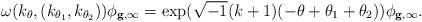
LaTeX: \begin{align*} \omega(k_{\theta}, (k_{\theta_1}, k_{\theta_2}))\phi_{\mathbf g,\infty} = \mathrm{exp}(\sqrt{-1}(k+1)(-\theta+\theta_1+\theta_2))\phi_{\mathbf g,\infty}. \end{align*}